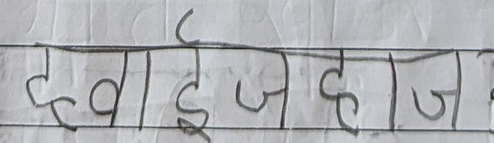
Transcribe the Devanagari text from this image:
दवाई जहाज